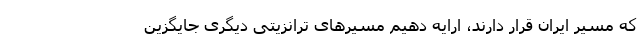
که مسیر ایران قرار دارند، ارایه دهیم مسیرهای ترانزیتی دیگری جایگزین